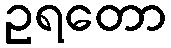
ဥရတော